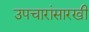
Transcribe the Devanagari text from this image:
उपचारांसारखी